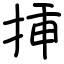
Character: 挿